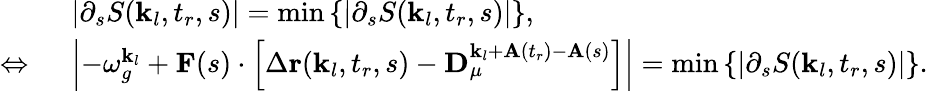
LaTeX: \begin{array}{rl}&{\left|\partial_{s}S(\textbf{k}_{l},t_{r},s)\right|=\operatorname*{min}\left\{ \left|\partial_{s}S(\textbf{k}_{l},t_{r},s)\right|\right\} ,}\\ {\Leftrightarrow\ }&{\left|-\omega_{g}^{\textbf{k}_{l}}+\textbf{F}(s)\cdot\left[\Delta\textbf{r}(\textbf{k}_{l},t_{r},s)-\textbf{D}_{\mu}^{\textbf{k}_{l}+\textbf{A}(t_{r})-\textbf{A}(s)}\right]\right|=\operatorname*{min}\left\{ \left|\partial_{s}S(\textbf{k}_{l},t_{r},s)\right|\right\} .}\end{array}